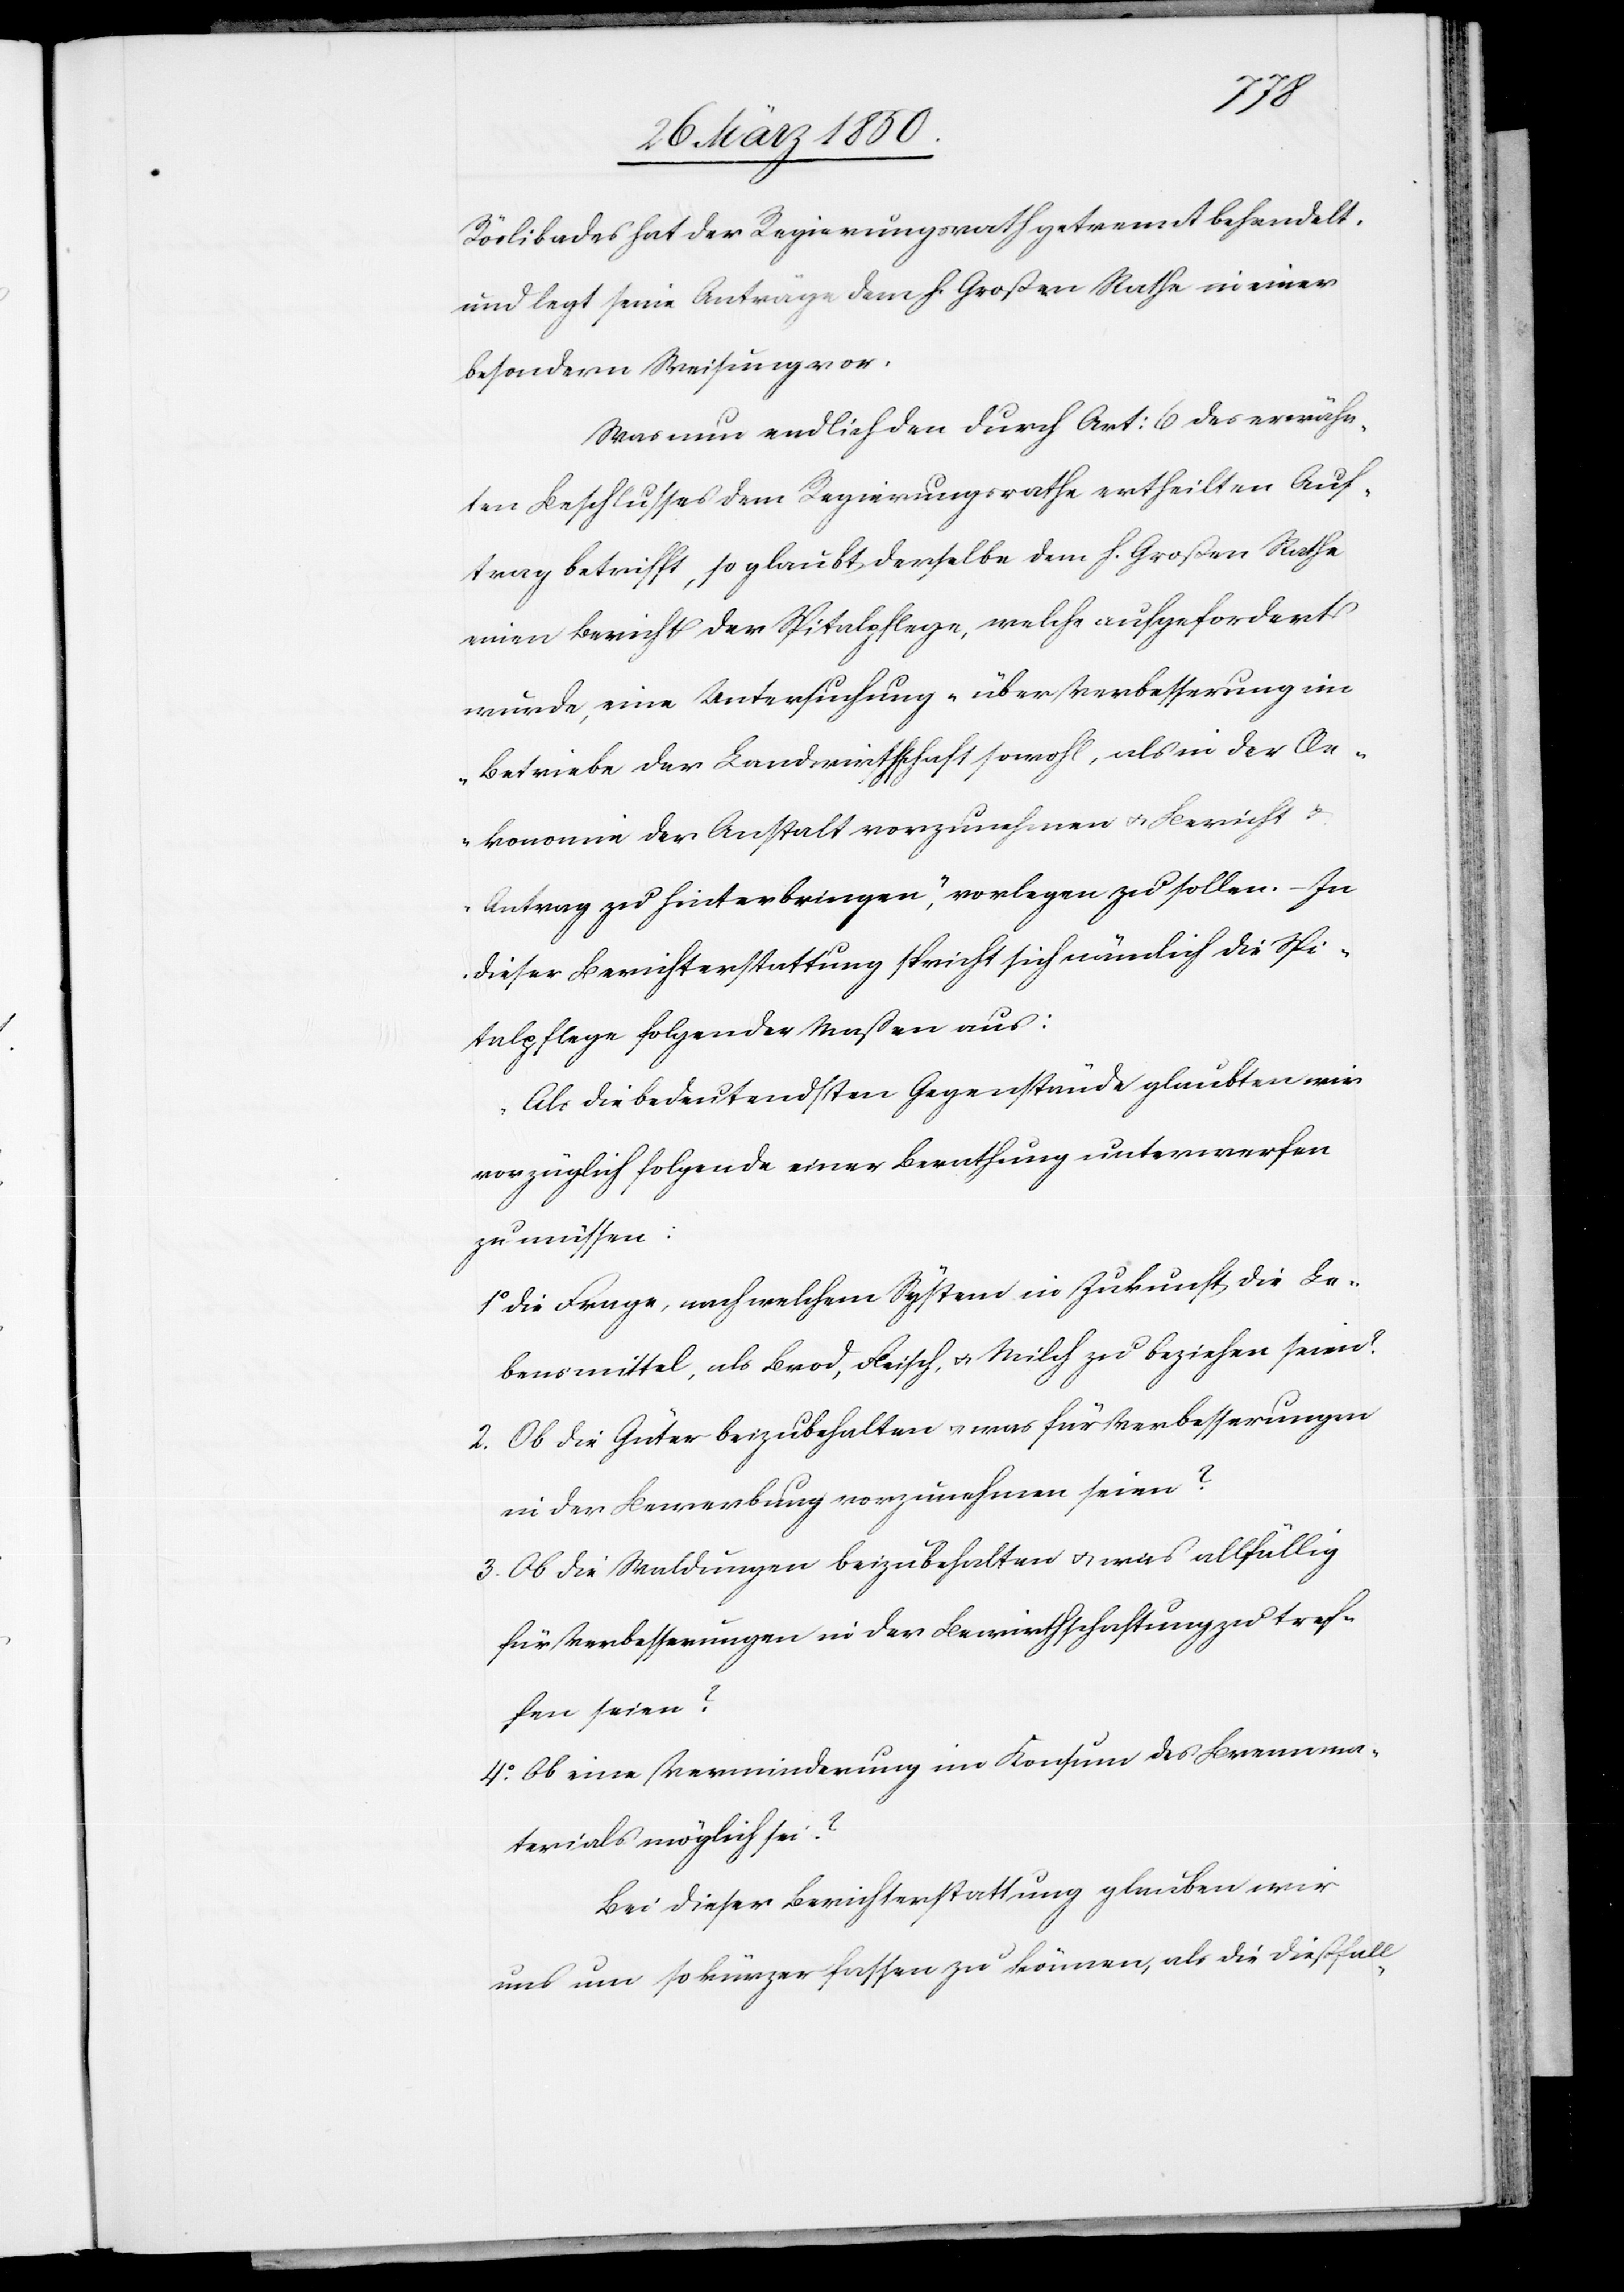
Röslibades hat der Regierungsrath getrennt behandelt
und legt seine Anträge dem h. Großen Rathe in einer
besondern Weisung vor.
Was nun endlich den durch Art: 6 des erwähn¬
ten Beschlusses dem Regierungsrathe ertheilten Auf¬
trag betrifft, so glaubt derselbe dem h. Großen Rathe
einen Bericht der Spitalpflege, welche aufgefordert
wurde, eine Untersuchung „über Verbesserung im
Betriebe der Landwirthschaft sowohl, als in der Oe¬
konomie der Anstalt vorzunehmen u. Bericht u.
Antrag zu hinterbringen“, vorlegen zu sollen. – In
dieser Berichterstattung spricht sich nämlich die Spi¬
talpflege folgender Maßen aus:
„Als die bedeutendsten Gegenstände glaubten wir
vorzüglich folgende einer Berathung unterwerfen
zu müssen:
1o Die Frage, nach welchem System in Zukunft die Le¬
bensmittel, als Brod, Fleisch, u. Milch zu beziehen seien?
2. Ob die Güter beizubehalten u. was für Verbesserungen
in der Bewerbung vorzunehmen seien?
3. Ob die Waldungen beizubehalten u. was allfällig
für Verbesserungen in der Bewirthschaftung zu tref¬
fen seien?
4o Ob eine Verminderung im Konsum des Brennma¬
terials möglich sei?
Bei dieser Berichterstattung glauben wird
uns um so kürzer fassen zu können, als die diesfall-